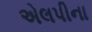
એલપીના